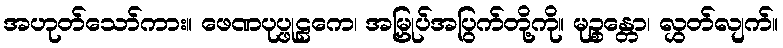
အဟုတ်သော်ကား။ ဖေဏပုပ္ဖုဠကေ၊ အမြှုပ်အပြွက်တို့ကို။ မုဉ္စန္တော၊ လွှတ်လျက်။